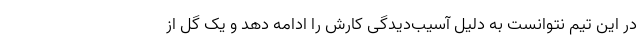
در این تیم نتوانست به دلیل آسیب‌دیدگی کارش را ادامه دهد و یک گل از